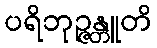
ပရိဘုဉ္ဇန္တူတိ